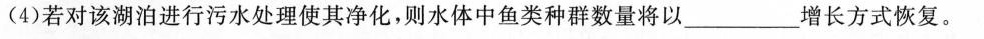
(4)若对该湖泊进行污水处理使其净化，则水体中鱼类种群数量将以________增长方式恢复。